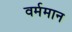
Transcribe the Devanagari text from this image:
वर्ममान